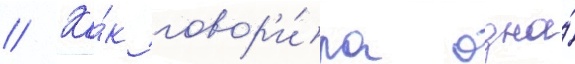
// Ка́к говор'и́ла одна́